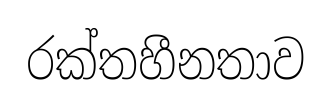
රක්තහීනතාව